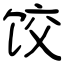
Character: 饺